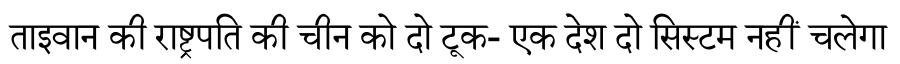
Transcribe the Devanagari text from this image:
ताइवान की राष्ट्रपति की चीन को दो टूक- एक देश दो सिस्टम नहीं चलेगा